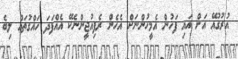
އުރުގުއޭ އަށް އައި ފަހުން އެމީހުންނަށް އެހެން ރެފިއުޖީންނެކޭ އެއްފަދަ ހައްގުތައް ލިބެ